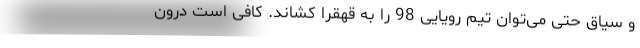
و سیاق حتی می‌توان تیم رویایی 98 را به قهقرا کشاند. کافی است درون